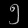
Digit: ၅